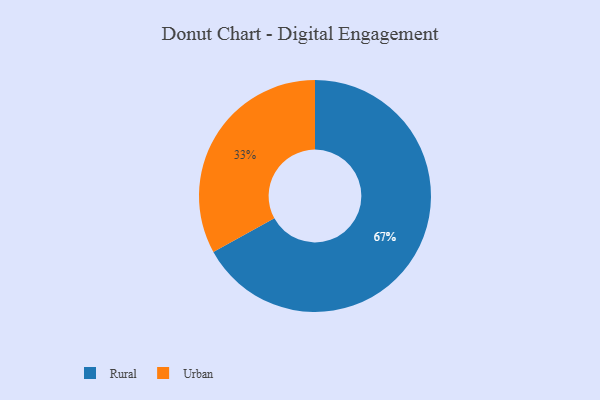
{"axis": {"x": "Category", "y": "Percentage"}, "legend": ["Rural", "Urban"], "data": [{"x": "Rural", "y": 67, "type": "Rural"}, {"x": "Urban", "y": 33, "type": "Urban"}]}